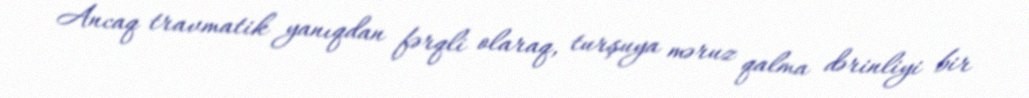
Ancaq travmatik yanıqdan fərqli olaraq, turşuya məruz qalma dərinliyi bir